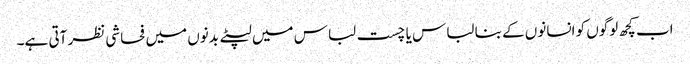
اب کچھ لوگوں کو انسانوں کے بنا لباس یا چست لباس میں لپٹے بدنوں میں فحاشی نظر آتی ہے۔